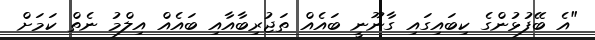
"އެ ބޭފުޅުންގެ ކިބައިގައި ގާނޫނީ ބައެއް ތަޖުރިބާއާއި ބައެއް އިލްމު ނެތް ކަމަށް